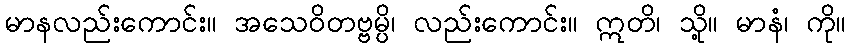
မာနလည်းကောင်း။ အသေဝိတဗ္ဗမ္ပိ၊ လည်းကောင်း။ ဣတိ၊ သို့။ မာနံ၊ ကို။